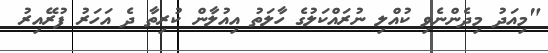
"މިއަދު މިދެންނެވި ކުއްލި ނުރައްކަލުގެ ހާލަތު އިއުލާން ކުރިތާ ދެ އަހަރު ފުރޭއިރު